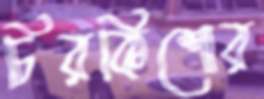
চিরকিশোর